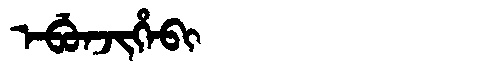
Manchu: ᡝᠪᡠᠨᠵᡳᡥᡝᠪᡳ
Romanization: EBUNJIHEBI